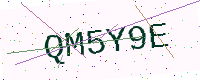
Text: QM5Y9E